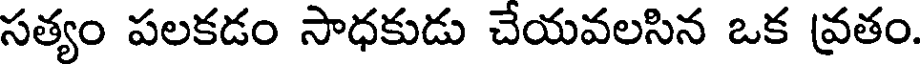
సత్యం పలకడం సాధకుడు చేయవలసిన ఒక వ్రతం.